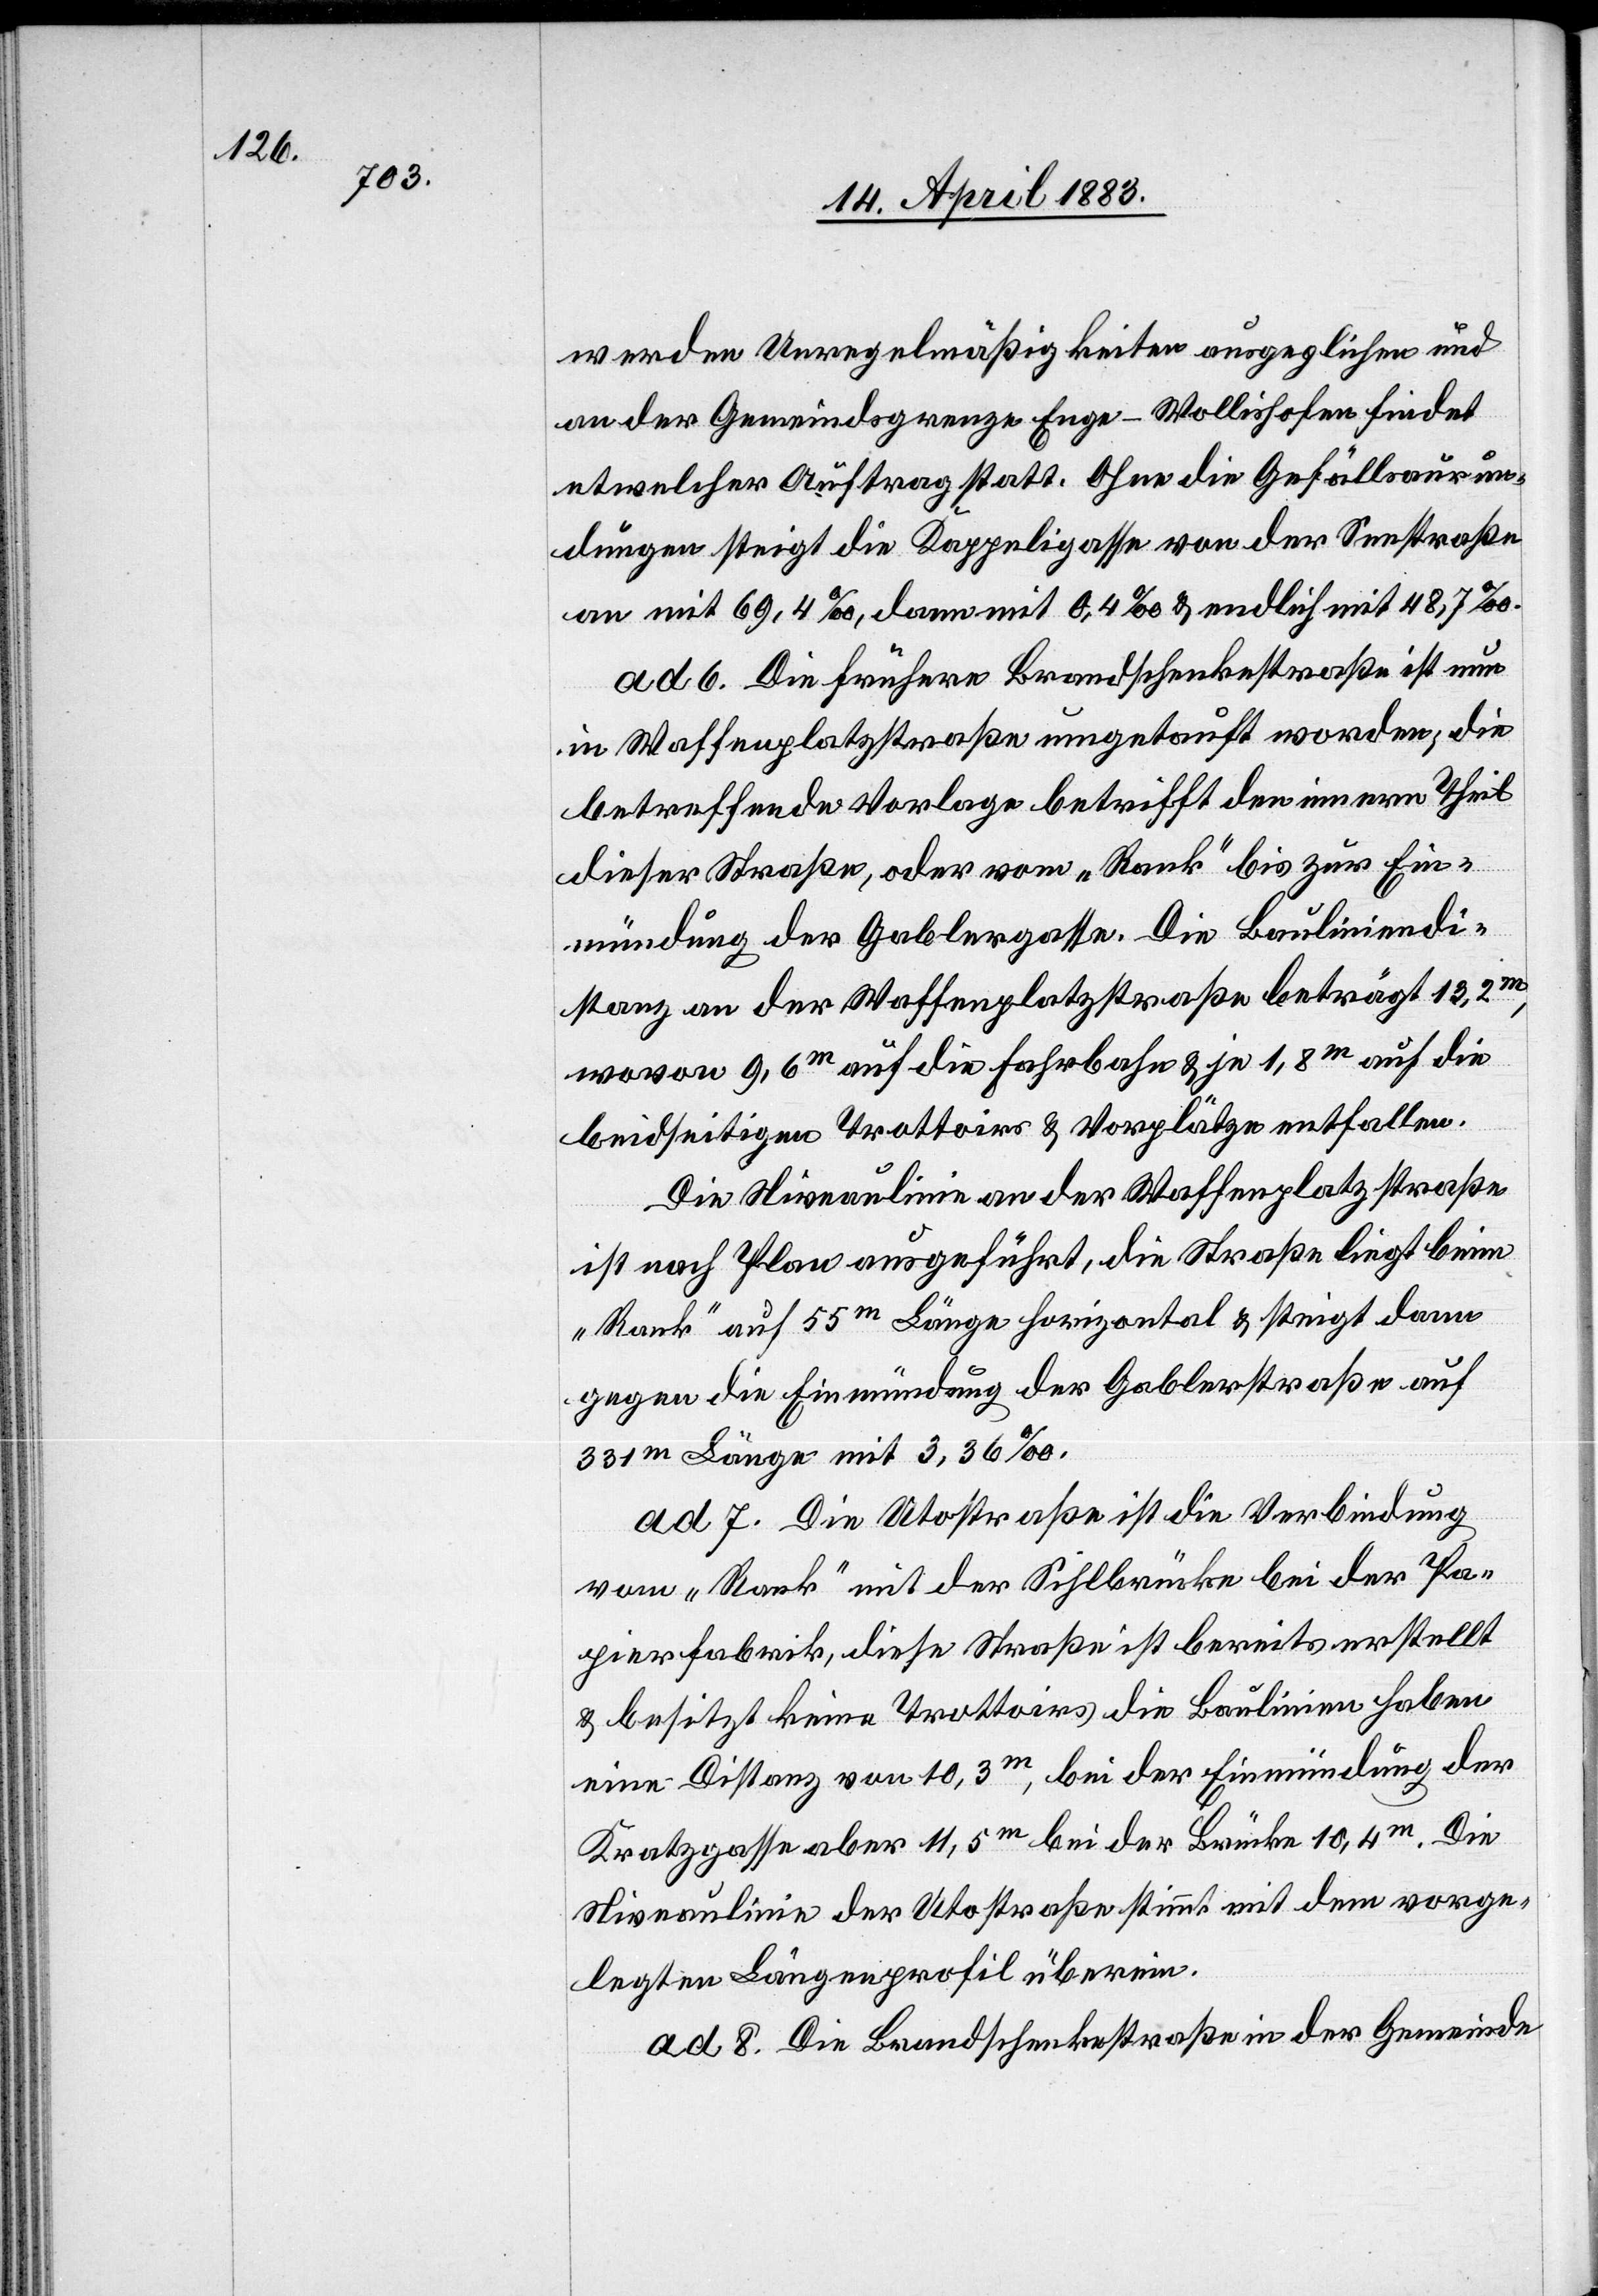
werden Unregelmäßigkeiten ausgeglichen und
an der Gemeindegrenze Enge–Wollishofen findet
etwelcher Auftrag statt. Ohne die Gefällsaurun¬
dungen steigt die Kappeligasse von der Seestraße
an mit 69,4‰, dann mit 0,4‰ & endlich mit 48,7‰.
ad 6. Die frühere Brandschenkestraße ist nun
in Waffenplatzstraße umgetauft worden; die
betreffende Vorlage betrifft den innern Theil
dieser Straße, oder vom „Rank“ bis zur Ein¬
mündung der Gablergasse. Die Bauliniendi¬
stanz an der Waffenplatzstraße beträgt 13,2m,
wovon 9,6m auf die Fahrbahn & je 1,8m auf die
beidseitigen Trottoirs & Vorplätze entfallen.
Die Niveaulinien an der Waffenplatzstraße
ist nach Plan ausgeführt, die Straße liegt beim
„Rank“ auf 55m Länge horizontal & steigt dann
gegen die Einmündung der Gablerstraße auf
331m Länge mit 3,36‰.
ad. 7. Die Utostraße ist die Verbindung
vom „Rank“ mit der Sihlbrücke bei der Pa¬
pierfabrik, diese Straße ist bereits erstellt
& besitzt keine Trottoirs[,] die Baulinien haben
eine Distanz von 10,3m, bei der Einmündung der
Kratzgasse aber 11,5m bei der Brücke 10,4m. Die
Niveaulinie der Utostraße stimmt mit dem vorge¬
legten Längenprofil überein.
ad 8. Die Brandschenkestraße in der Gemeinde